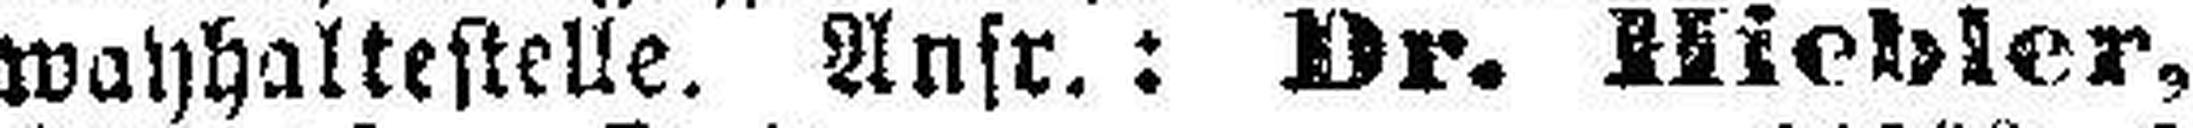
wayhaltestelle. Anfr.: Dr. Hiebler,